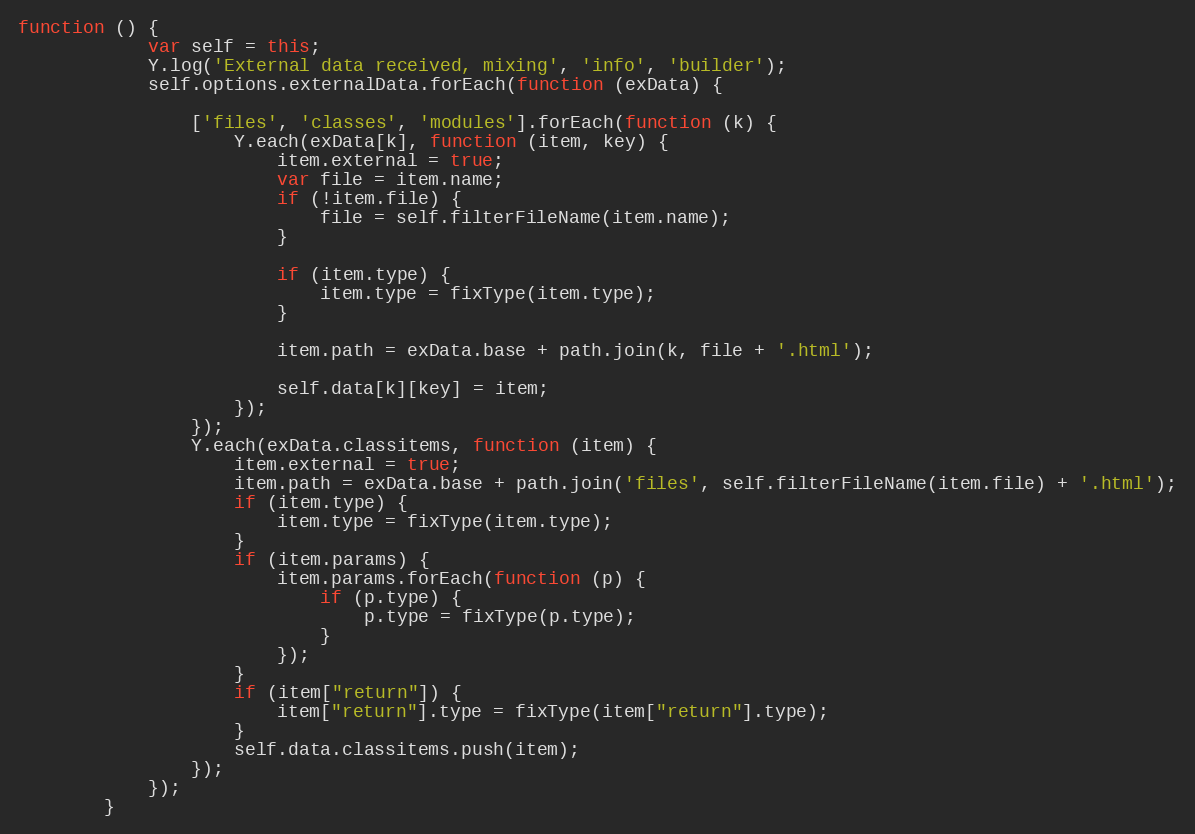
Language: JavaScript
function () {
            var self = this;
            Y.log('External data received, mixing', 'info', 'builder');
            self.options.externalData.forEach(function (exData) {

                ['files', 'classes', 'modules'].forEach(function (k) {
                    Y.each(exData[k], function (item, key) {
                        item.external = true;
                        var file = item.name;
                        if (!item.file) {
                            file = self.filterFileName(item.name);
                        }

                        if (item.type) {
                            item.type = fixType(item.type);
                        }

                        item.path = exData.base + path.join(k, file + '.html');

                        self.data[k][key] = item;
                    });
                });
                Y.each(exData.classitems, function (item) {
                    item.external = true;
                    item.path = exData.base + path.join('files', self.filterFileName(item.file) + '.html');
                    if (item.type) {
                        item.type = fixType(item.type);
                    }
                    if (item.params) {
                        item.params.forEach(function (p) {
                            if (p.type) {
                                p.type = fixType(p.type);
                            }
                        });
                    }
                    if (item["return"]) {
                        item["return"].type = fixType(item["return"].type);
                    }
                    self.data.classitems.push(item);
                });
            });
        }